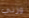
وزني